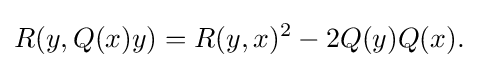
\displaystyle {R(y,Q(x)y)=R(y,x)^{2}-2Q(y)Q(x).}